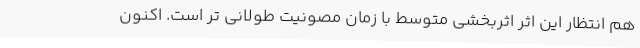
هم انتظار این اثر اثربخشی متوسط با زمان مصونیت طولانی تر است. اکنون